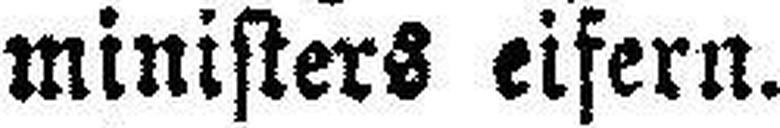
ministers eifern.